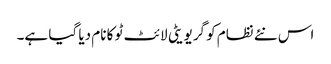
اس نئے نظام کو گریویٹی لائٹ ٹو کا نام دیا گیا ہے۔